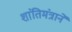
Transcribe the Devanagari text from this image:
शांतिमंत्राने